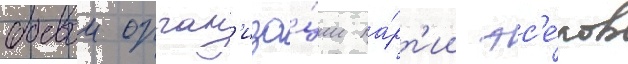
боевои орган'иза́ции па́рт'ии эс'е́ров